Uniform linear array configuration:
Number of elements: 8
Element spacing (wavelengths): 0.25
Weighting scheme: uniform
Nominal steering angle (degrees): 0
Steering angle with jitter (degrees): -1.447
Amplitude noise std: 0.05
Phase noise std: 0.05

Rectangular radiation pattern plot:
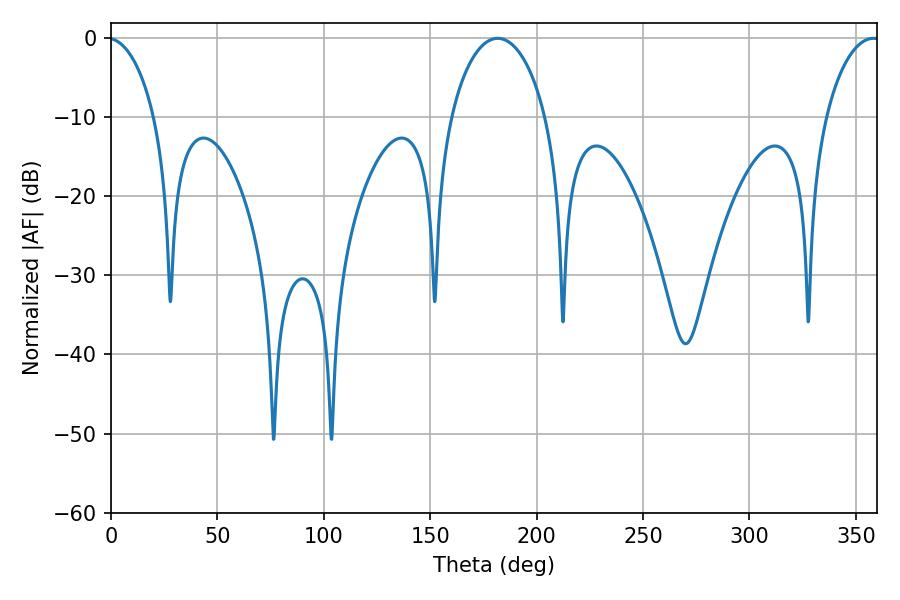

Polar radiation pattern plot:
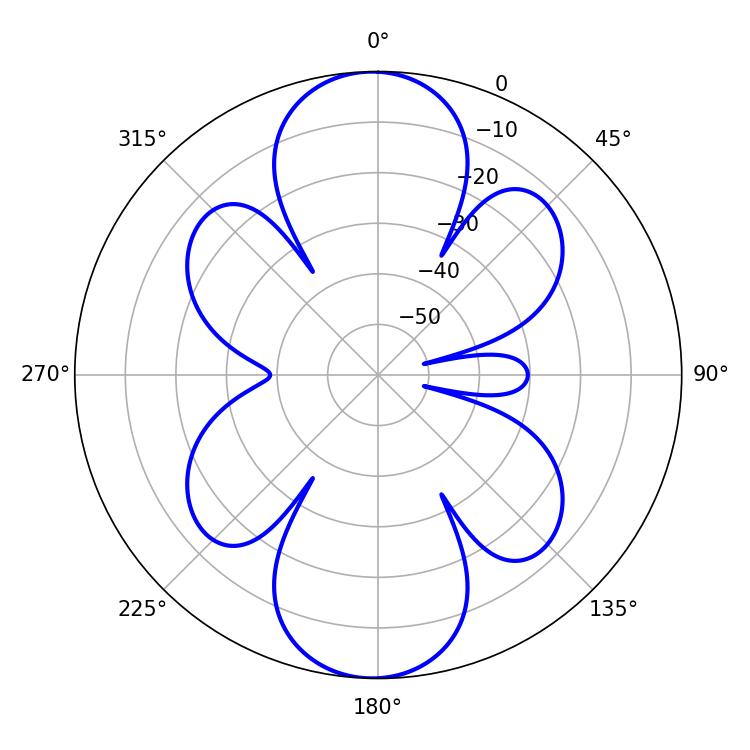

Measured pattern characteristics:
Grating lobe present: FALSE
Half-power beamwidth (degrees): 25.56
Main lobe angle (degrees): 181.8